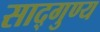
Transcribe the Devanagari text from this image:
साद्गुण्य